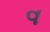
વ